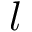
\boldsymbol { l }